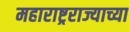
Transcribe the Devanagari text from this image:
महाराष्ट्रराज्याच्या